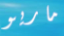
ماريو